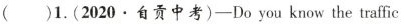
()1.(2020·自贡中考)——Do you know the traffic